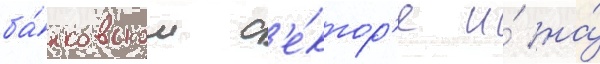
ба́нковском с'е́ктор'е и́ на́